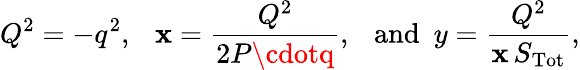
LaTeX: Q^{2}=-q^{2},~~~\mathbf{x}=\frac{{Q^{2}}}{{2P\cdotq}},~~~\mathrm{{and}}~~y=\frac{{Q^{2}}}{{\mathbf{x}\, S_{\mathrm{{Tot}}}}},